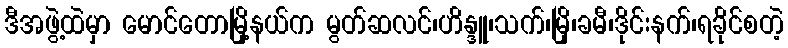
ဒီအဖွဲ့ထဲမှာ မောင်တောမြို့နယ်က မွတ်ဆလင်၊ဟိန္ဒူ၊သက်၊မြို၊ခမီ၊ဒိုင်းနက်၊ရခိုင်စတဲ့